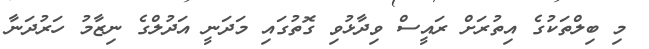
މި ބިލްތަކުގެ އިތުރަށް ރައީސް ވިދާޅުވި ގޮތުގައި މަދަނީ އަދުލްގެ ނިޒާމު ހަރުދަނާ